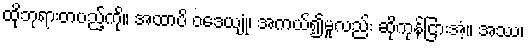
ထိုဘုရားတပည့်ကို။ အထာပိ ဝဒေယျုံ၊ အကယ်၍မူလည်း ဆိုကုန်ငြားအံ့။ အဿ၊